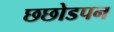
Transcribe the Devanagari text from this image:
छछोडपन